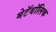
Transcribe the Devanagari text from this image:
मेटॅबॉलिक